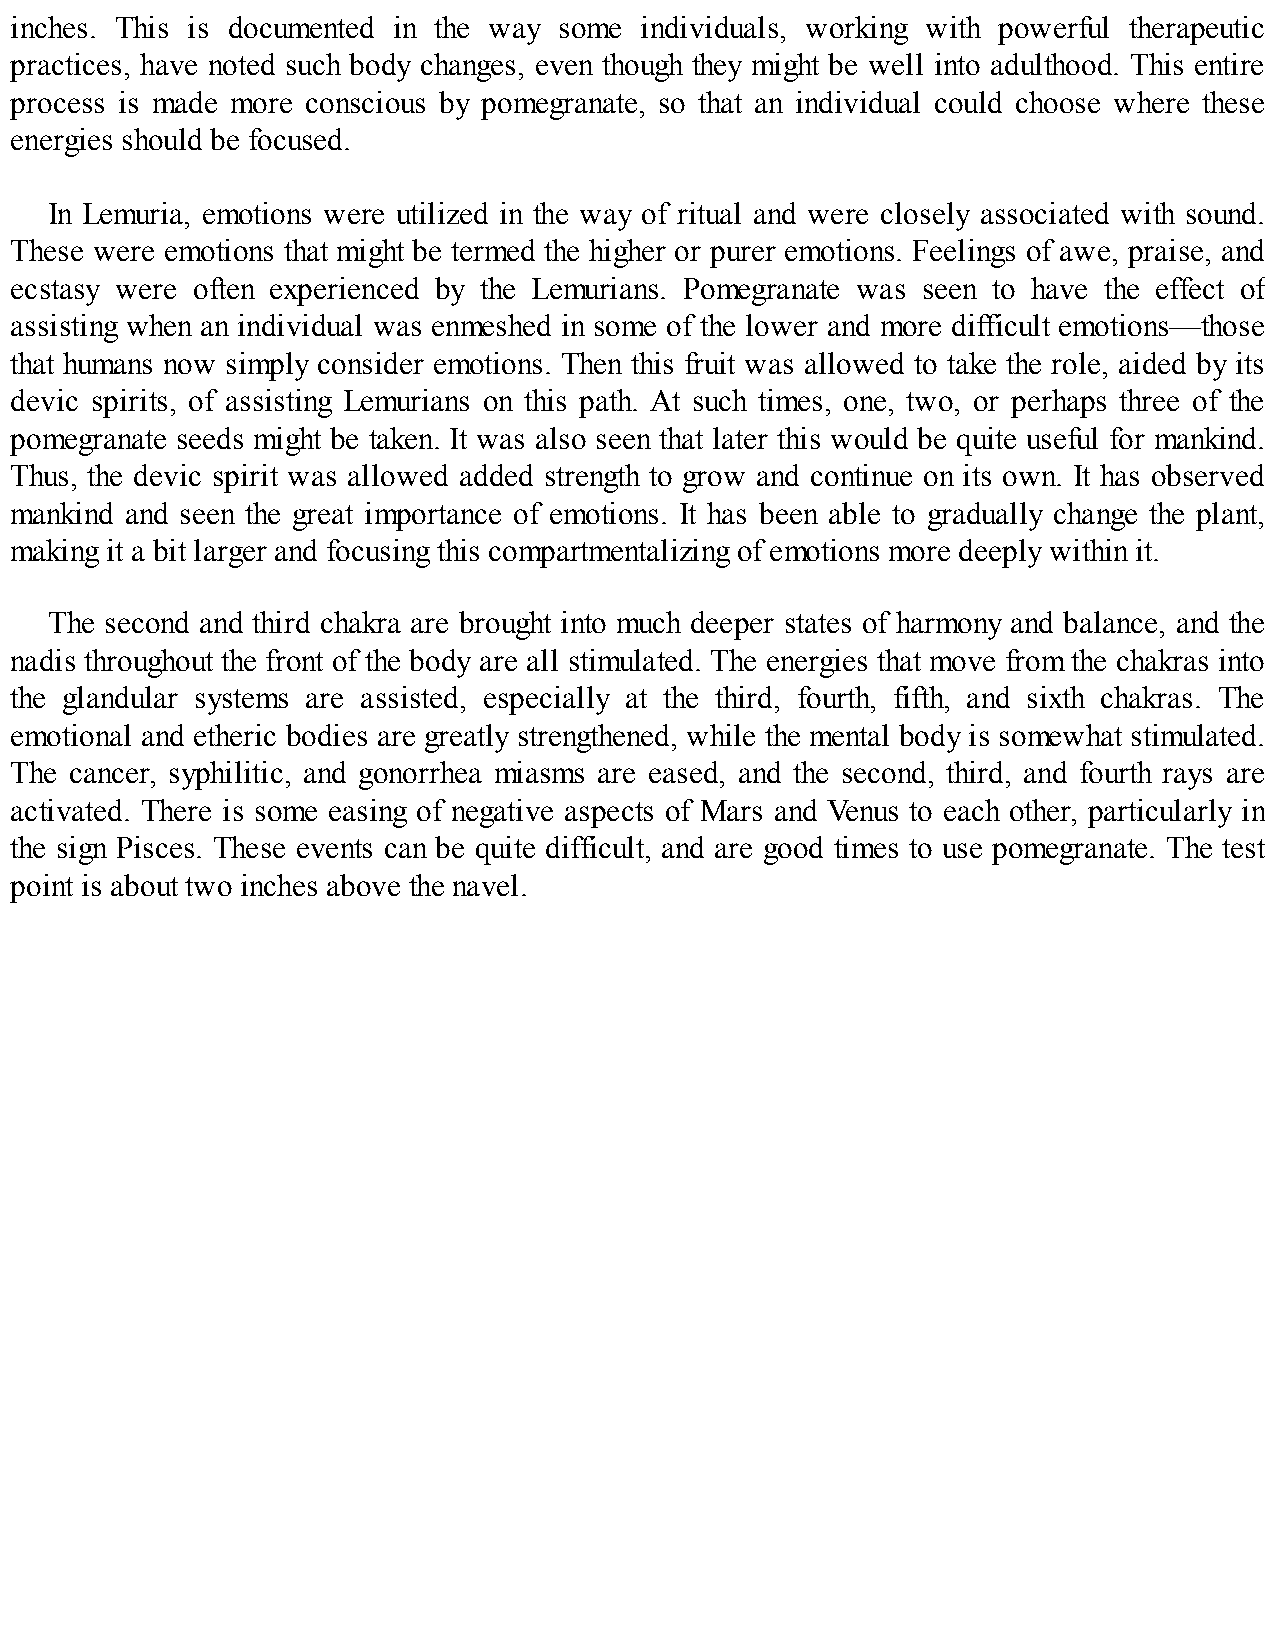
inches. This is documented in the way some individuals, working with powerful therapeutic
 practices, have noted such body changes, even though they might be well into adulthood. This entire
 process is made more conscious by pomegranate, so that an individual could choose where these
 energies should be focused.
 In Lemuria, emotions were utilized in the way of ritual and were closely associated with sound.
 These were emotions that might be termed the higher or purer emotions. Feelings of awe, praise, and
 ecstasy were often experienced by the Lemurians. Pomegranate was seen to have the effect of
 assisting when an individual was enmeshed in some of the lower and more difficult emotions—those
 that humans now simply consider emotions. Then this fruit was allowed to take the role, aided by its
 devic spirits, of assisting Lemurians on this path. At such times, one, two, or perhaps three of the
 pomegranate seeds might be taken. It was also seen that later this would be quite useful for mankind.
 Thus, the devic spirit was allowed added strength to grow and continue on its own. It has observed
 mankind and seen the great importance of emotions. It has been able to gradually change the plant,
 making it a bit larger and focusing this compartmentalizing of emotions more deeply within it.
 The second and third chakra are brought into much deeper states of harmony and balance, and the
 nadis throughout the front of the body are all stimulated. The energies that move from the chakras into
 the glandular systems are assisted, especially at the third, fourth, fifth, and sixth chakras. The
 emotional and etheric bodies are greatly strengthened, while the mental body is somewhat stimulated.
 The cancer, syphilitic, and gonorrhea miasms are eased, and the second, third, and fourth rays are
 activated. There is some easing of negative aspects of Mars and Venus to each other, particularly in
 the sign Pisces. These events can be quite difficult, and are good times to use pomegranate. The test
 point is about two inches above the navel.